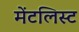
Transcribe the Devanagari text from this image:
मेंटलिस्ट